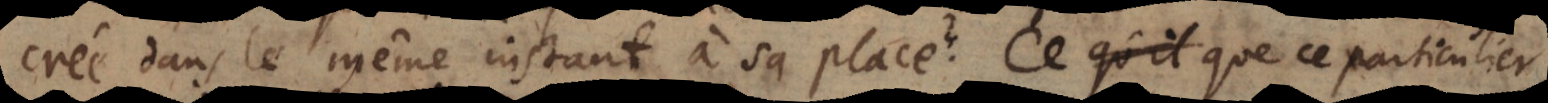
creé dans le même instant à sa place? Ce que ce particulier